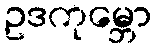
ဥဒကုမ္ဘော